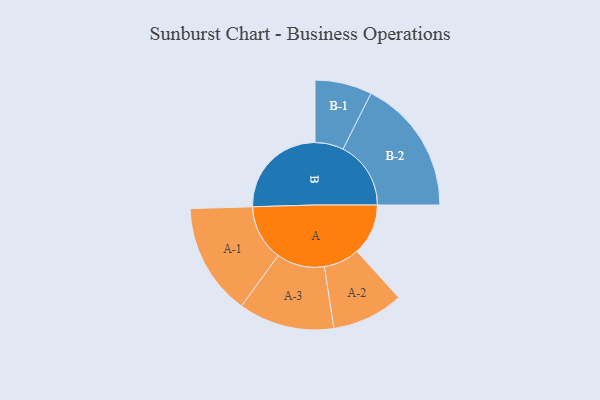
{"axis": {"x": "Segment", "y": "Value"}, "legend": ["", "A", "B"], "data": [{"x": "A", "y": 203, "type": ""}, {"x": "B", "y": 389, "type": ""}, {"x": "A-1", "y": 222, "type": "A"}, {"x": "A-2", "y": 142, "type": "A"}, {"x": "A-3", "y": 190, "type": "A"}, {"x": "B-1", "y": 113, "type": "B"}, {"x": "B-2", "y": 269, "type": "B"}]}